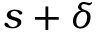
s + \delta